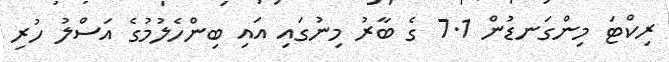
ރިކްޓަ މިންގަނޑުން 7.1 ގެ ބާރު މިނުގައި އައި ބިންހެލުމުގެ އަސްލު ހުރި